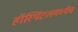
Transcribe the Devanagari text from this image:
हॉस्पिटलमध्येच